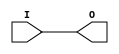
// This program was cloned from: https://github.com/sergeykhbr/riscv_vhdl
// License: Apache License 2.0

///////////////////////////////////////////////////////////////////////////////
//  Copyright (c) 1995/2018 Xilinx, Inc.
//  All Right Reserved.
///////////////////////////////////////////////////////////////////////////////
//   ____  ____
//  /   /\/   /
// /___/  \  /     Vendor      : Xilinx
// \   \   \/      Version     : 2018.3
//  \   \          Description : Xilinx Unified Simulation Library Component
//  /   /                        Local Clock Buffer for I/O
// /___/   /\      Filename    : BUFIO.v
// \   \  /  \
//  \___\/\___\
//
///////////////////////////////////////////////////////////////////////////////
//  Revision:
//    03/23/04 - Initial version.
//    05/30/07 - Changed timescale to 1 ps / 1 ps.
//    12/13/11 - 524859 - Added `celldefine and `endcelldefine
//  End Revision:
///////////////////////////////////////////////////////////////////////////////

`timescale 1 ps / 1 ps

`celldefine

module BUFIO
`ifdef XIL_TIMING
#(
  parameter LOC = "UNPLACED"
)
`endif
(
  output O,

  input I
);
  
// define constants
  localparam MODULE_NAME = "BUFIO";

`ifdef XIL_TIMING
  reg notifier;
`endif

// begin behavioral model

    buf B1 (O, I);

// end behavioral model

`ifndef XIL_XECLIB
`ifdef XIL_TIMING
  specify
    (I => O) = (0:0:0, 0:0:0);
    $period (negedge I, 0:0:0, notifier);
    $period (posedge I, 0:0:0, notifier);
    specparam PATHPULSE$ = 0;
  endspecify
`endif
`endif

endmodule

`endcelldefine